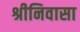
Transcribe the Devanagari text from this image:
श्रीनिवासा